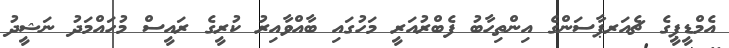
އެމްޑީޕީގެ ޗެއަރޕާސަންގެ އިންތިހާބު ފެބްރުއަރީ މަހުގައި ބާއްވާއިރު ކުރީގެ ރައީސް މުހައްމަދު ނަޝީދު